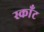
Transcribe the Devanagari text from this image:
स्काँट